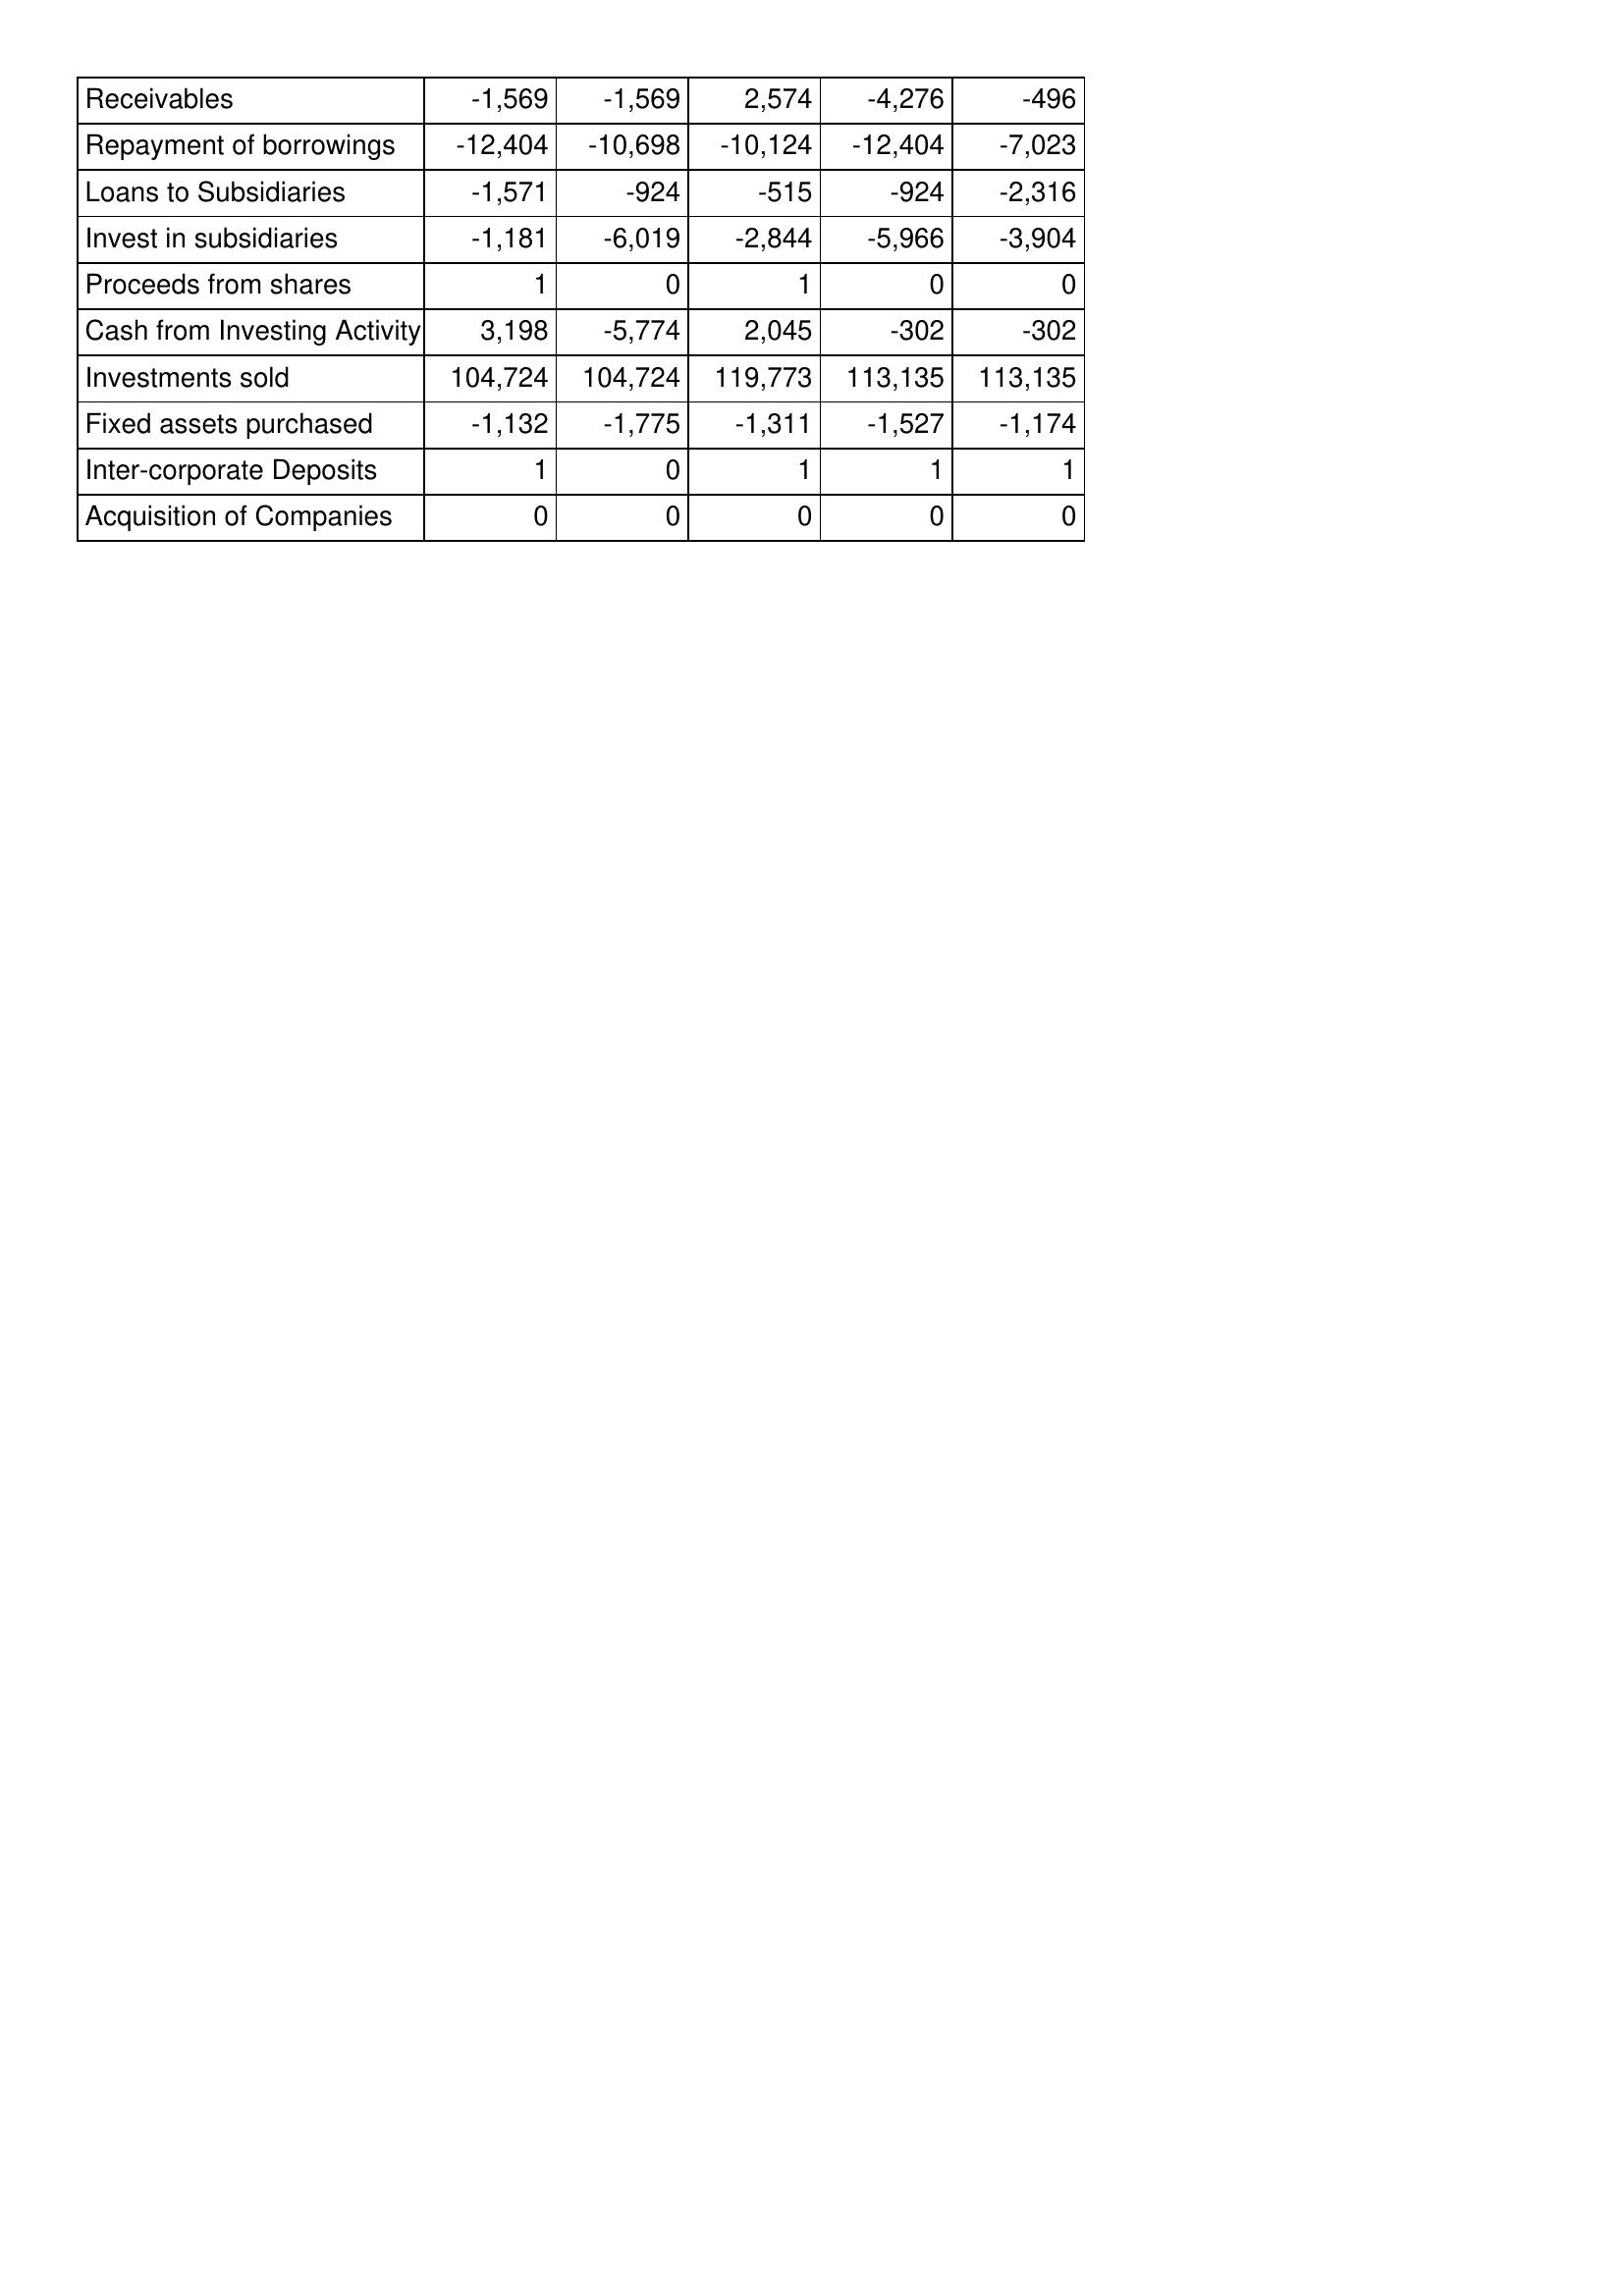
May-10: Cash Flows: Receivables: -1,569
Repayment of borrowings: -12,404
Loans to Subsidiaries: -1,571
Invest in subsidiaries: -1,181
Proceeds from shares: 1
Cash from Investing Activity: 3,198
Investments sold: 104,724
Fixed assets purchased: -1,132
Inter-corporate Deposits: 1
Acquisition of Companies: 0
May-09: Cash Flows: Receivables: -1,569
Repayment of borrowings: -10,698
Loans to Subsidiaries: -924
Invest in subsidiaries: -6,019
Proceeds from shares: 0
Cash from Investing Activity: -5,774
Investments sold: 104,724
Fixed assets purchased: -1,775
Inter-corporate Deposits: 0
Acquisition of Companies: 0
May-08: Cash Flows: Receivables: 2,574
Repayment of borrowings: -10,124
Loans to Subsidiaries: -515
Invest in subsidiaries: -2,844
Proceeds from shares: 1
Cash from Investing Activity: 2,045
Investments sold: 119,773
Fixed assets purchased: -1,311
Inter-corporate Deposits: 1
Acquisition of Companies: 0
May-07: Cash Flows: Receivables: -4,276
Repayment of borrowings: -12,404
Loans to Subsidiaries: -924
Invest in subsidiaries: -5,966
Proceeds from shares: 0
Cash from Investing Activity: -302
Investments sold: 113,135
Fixed assets purchased: -1,527
Inter-corporate Deposits: 1
Acquisition of Companies: 0
May-06: Cash Flows: Receivables: -496
Repayment of borrowings: -7,023
Loans to Subsidiaries: -2,316
Invest in subsidiaries: -3,904
Proceeds from shares: 0
Cash from Investing Activity: -302
Investments sold: 113,135
Fixed assets purchased: -1,174
Inter-corporate Deposits: 1
Acquisition of Companies: 0